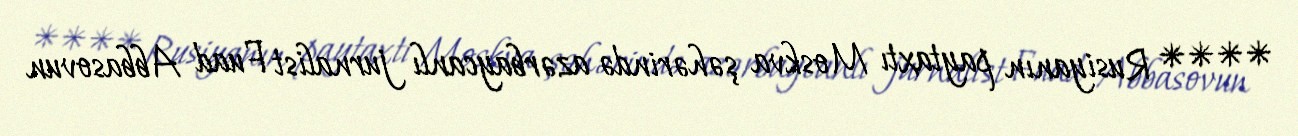
**** Rusiyanın paytaxtı Moskva şəhərində azərbaycanlı jurnalist Fuad Abbasovun